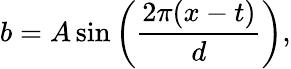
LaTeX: b=A\sin\left(\frac{2\pi(x-t)}{d}\right),